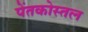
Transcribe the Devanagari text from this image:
पेंतकोस्तल